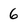
Character: 6